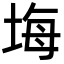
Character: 㙁